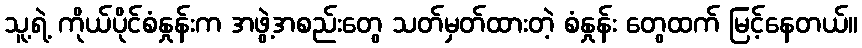
သူ့ရဲ့ ကိုယ်ပိုင်စံနှုန်းက အဖွဲ့အစည်းတွေ သတ်မှတ်ထားတဲ့ စံနှုန်း တွေထက် မြင့်နေတယ်။